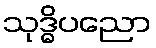
သုဒ္ဓိပညော